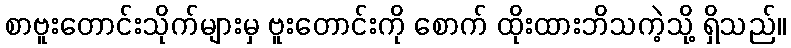
စာဗူးတောင်းသိုက်များမှ ဗူးတောင်းကို စောက် ထိုးထားဘိသကဲ့သို့ ရှိသည်။